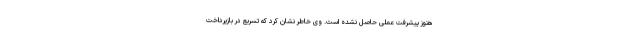
هنوز پیشرفت عملی حاصل نشده است. وی خاطر نشان کرد که تسریع در بازپرداخت